Scientific memoirs by medical officers of the Army of India - Part X,
Year: 1897
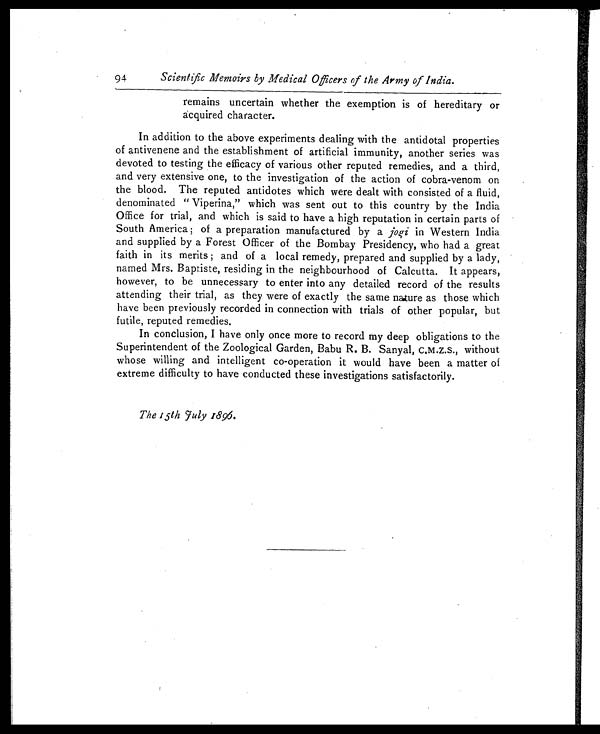
94
Scientific Memoirs by Medical Officers of the Army of India.
remains uncertain whether the exemption is of hereditary or
acquired character.
In addition to the above experiments dealing with the antidotal properties
of antivenene and the establishment of artificial immunity, another series was
devoted to testing the efficacy of various other reputed remedies, and a third,
and very extensive one, to the investigation of the action of cobra-venom on
the blood. The reputed antidotes which were dealt with consisted of a fluid,
denominated " Viperina," which was sent out to this country by the India
Office for trial, and which is said to have a high reputation in certain parts of
South America ; of a preparation manufactured by a jogi in Western India
and supplied by a Forest Officer of the Bombay Presidency, who had a great
faith in its merits ; and of a local remedy, prepared and supplied by a lady,
named Mrs. Baptiste, residing in the neighbourhood of Calcutta. It appears,
however, to be unnecessary to enter into any detailed record of the results
attending their trial, as they were of exactly the same nature as those which
have been previously recorded in connection with trials of other popular, but
futile, reputed remedies.
In conclusion, I have only once more to record my deep obligations to the
Superintendent of the Zoological Garden, Babu R. B. Sanyal, C.M.Z.S., without
whose willing and intelligent co-operation it would have been a matter of
extreme difficulty to have conducted these investigations satisfactorily.
The 15th July 1896.